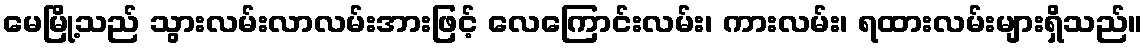
မေမြို့သည် သွားလမ်းလာလမ်းအားဖြင့် လေကြောင်းလမ်း၊ ကားလမ်း၊ ရထားလမ်းများရှိသည်။